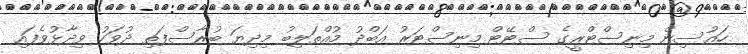
ހައުސިން މިނިސްޓްރީގެ ސްޓޭޓް މިނިސްޓަރު އަބްދު މުއްތަލިބު މިދިޔަ ބުރާސްފަތި ދުވަހު ވިދާޅުވެފައި